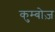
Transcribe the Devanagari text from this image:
कुम्बोज़